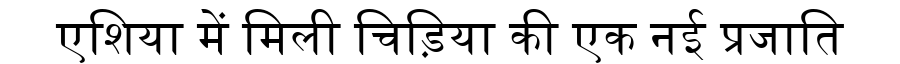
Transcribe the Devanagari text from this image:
एशिया में मिली चिड़िया की एक नई प्रजाति